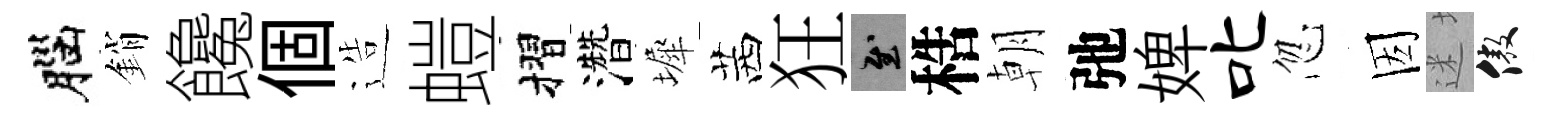
腦銷饞個造螘摺濳墀茜狂慰梏朝弛婢叱忽因迷傲